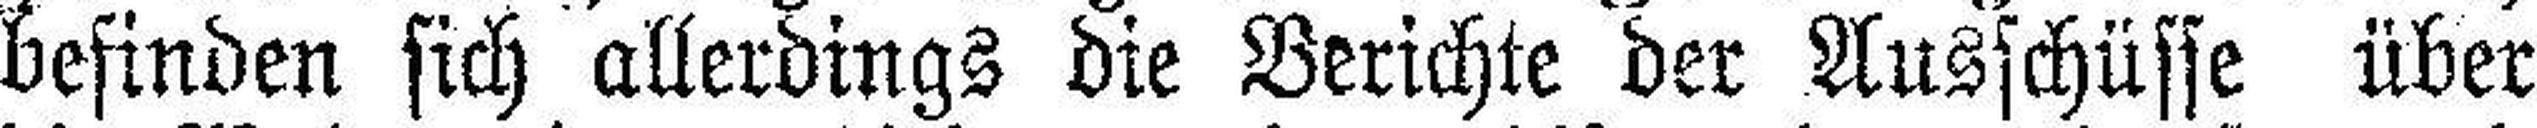
befinden sich allerdings die Berichte der Ausschüsse über